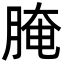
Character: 腌